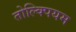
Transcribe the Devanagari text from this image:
तोल्क्पियम